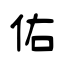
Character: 佑